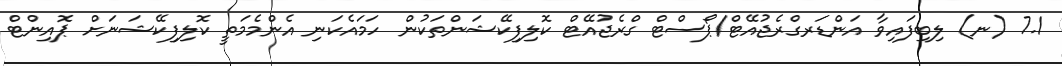
7.1 (ނ) ލިބިފައިވާ އަންޑަރގްރެޖުއޭޓް/ޕޯސްޓް ގްރެޖުއޭޓް ކޮލިފިކޭޝަންތަކުން ހަމައެކަނި އެންމެމަތީ ކޮލިފިކޭޝަނަށް ޕޮއިންޓް